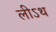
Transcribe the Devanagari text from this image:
लीऽथ